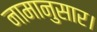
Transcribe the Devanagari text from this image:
नामानुसार।